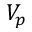
V _ { p }